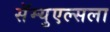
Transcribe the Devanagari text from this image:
सॅम्युएल्सला